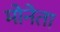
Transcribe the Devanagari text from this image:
मोनेता